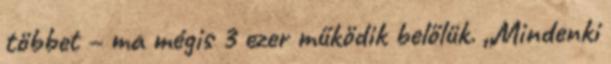
többet – ma mégis 3 ezer működik belőlük. „Mindenki